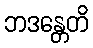
ဘဒန္တေတိ